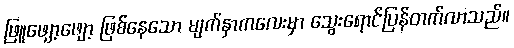
ဖြူဖျော့ဖျော့ ဖြစ်နေသော မျက်နှာကလေးမှာ သွေးရောင်ပြန်တက်လာသည်။